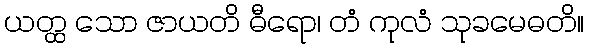
ယတ္ထ သော ဇာယတိ ဓီရော၊ တံ ကုလံ သုခမေဓတိ။